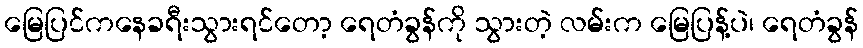
မြေပြင်ကနေခရီးသွားရင်တော့ ရေတံခွန်ကို သွားတဲ့ လမ်းက မြေပြန့်ပဲ၊ ရေတံခွန်